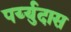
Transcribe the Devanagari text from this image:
पर्य्युदास